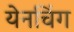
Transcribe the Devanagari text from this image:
येनचिंग